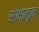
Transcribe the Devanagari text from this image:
संभालून